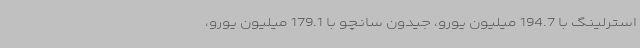
استرلینگ با 194.7 میلیون یورو، جیدون سانچو با 179.1 میلیون یورو،